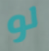
لو